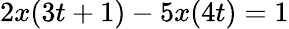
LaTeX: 2x(3t+1)-5x(4t)=1